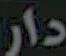
دار